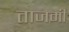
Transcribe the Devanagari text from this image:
ताजमी